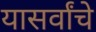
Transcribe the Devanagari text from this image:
यासर्वांचे